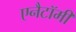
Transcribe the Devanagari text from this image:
एनैटॉमी